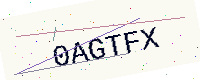
Text: 0AGTFX